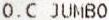
O.C JUMBO